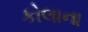
કોલાના